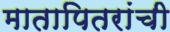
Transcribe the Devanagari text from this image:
मातापितरांची